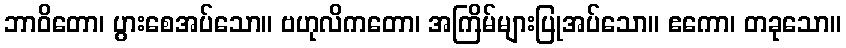
ဘာဝိတော၊ ပွားစေအပ်သော။ ဗဟုလိကတော၊ အကြိမ်များပြုအပ်သော။ ဧကော၊ တခုသော။